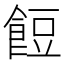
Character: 餖